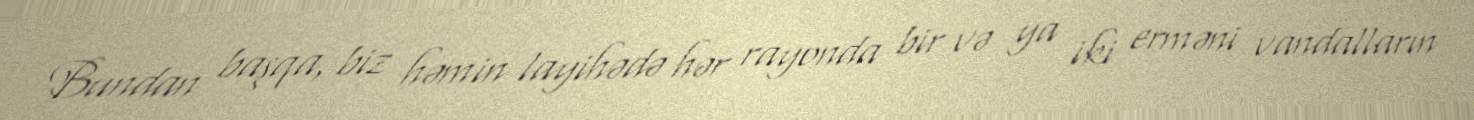
Bundan başqa, biz həmin layihədə hər rayonda bir və ya iki erməni vandalların